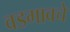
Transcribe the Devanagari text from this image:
वडगावचे